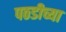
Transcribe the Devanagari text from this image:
पठडीच्या